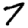
Digit: 7